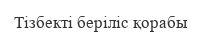
Тізбекті беріліс қорабы